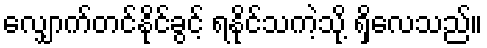
လျှောက်တင်နိုင်ခွင့် ရနိုင်သကဲ့သို့ ရှိလေသည်။